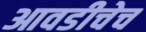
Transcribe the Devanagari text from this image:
आवडीचेच